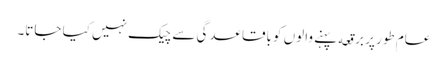
عام طور پر برقعه پہنے والوں کو باقاعدگی سے چیک نہیں کیا جاتا۔